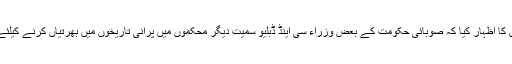
اجلاس نے اس بات پر تشویش کا اظہار کیا کہ صوبائی حکومت کے بعض وزراء سی اینڈ ڈبلیو سمیت دیگر محکموں میں پرانی تاریخوں میں بھرتیاں کرنے کیلئے حکام پر دبائو ڈال رہے ہیں۔